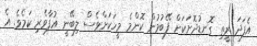
އެފަދަ ރީތި ގޮނޑުދޮށަކަށް ފޭބުމުން ކޮންމެ މީހަކަށްވެސް ލިބޭނީ އުފާވެރި ކަމެވެ. އެ